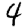
Digit: 4